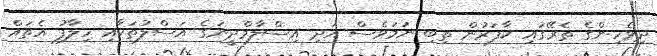
ދިވެހިންގެ ތެރޭގައި ކާފަރުން ތިބި ނަމަވެސް އަދި އިސްލާމްދީނުގެ އަސްލުތަކާއި ހިލާފު އެތައް